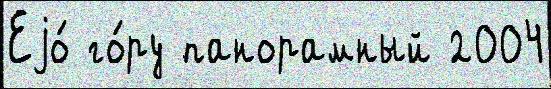
Еjо́ го́ру панорамный 2004